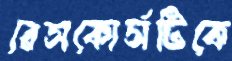
রেসকোর্সটিকে